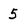
Character: 5